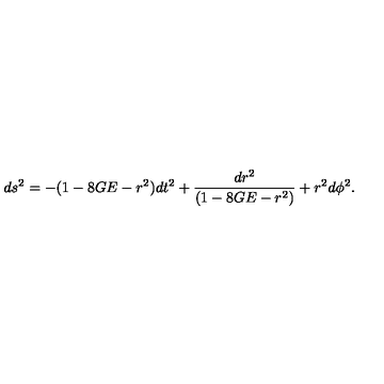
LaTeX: d s ^ { 2 } = - ( 1 - 8 G E - r ^ { 2 } ) d t ^ { 2 } + \frac { d r ^ { 2 } } { ( 1 - 8 G E - r ^ { 2 } ) } + r ^ { 2 } d \phi ^ { 2 } .